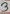
Text: 5